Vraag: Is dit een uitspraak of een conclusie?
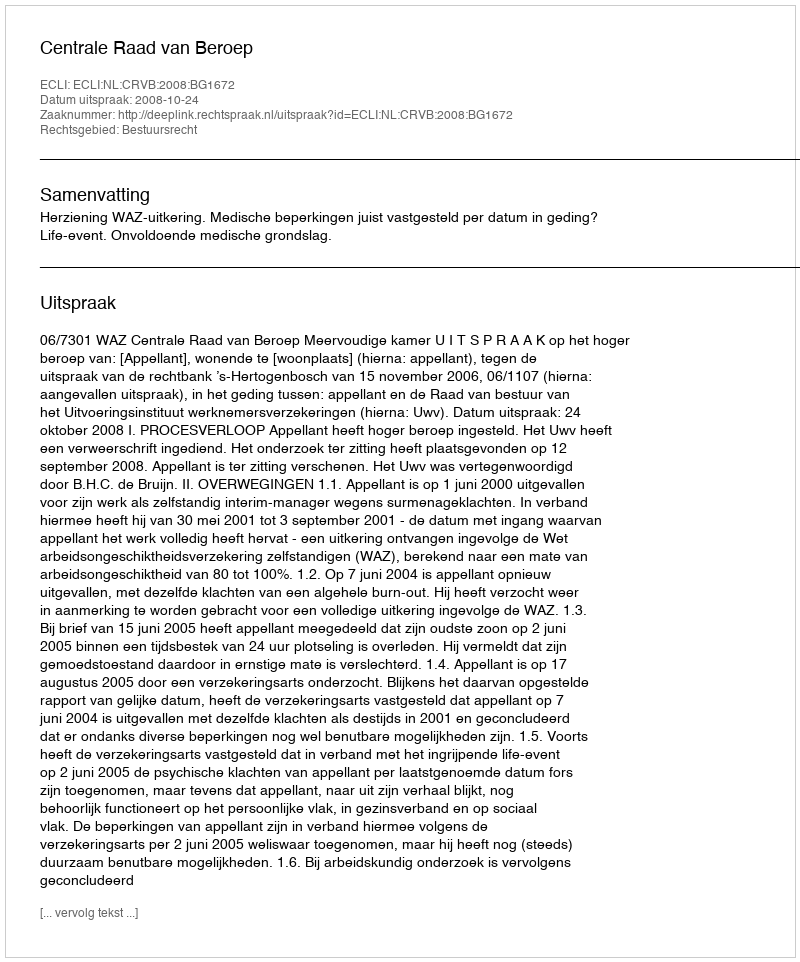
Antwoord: Uitspraak